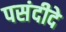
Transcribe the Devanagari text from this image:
पसंदीदे